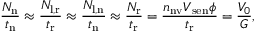
\frac { N _ { \mathrm { n } } } { t _ { \mathrm { n } } } \approx \frac { N _ { \mathrm { l , r } } } { t _ { \mathrm { r } } } \approx \frac { N _ { \mathrm { l , n } } } { t _ { \mathrm { n } } } \approx \frac { N _ { \mathrm { r } } } { t _ { \mathrm { r } } } = \frac { n _ { \mathrm { n v } } V _ { \mathrm { s e n } } \phi } { t _ { \mathrm { r } } } = \frac { V _ { 0 } } { G } ,